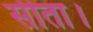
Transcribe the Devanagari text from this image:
सीता।